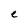
Character: e